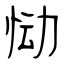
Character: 恸